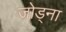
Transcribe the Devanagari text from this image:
जोड्ना